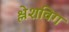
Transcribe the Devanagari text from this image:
श्लेशविग